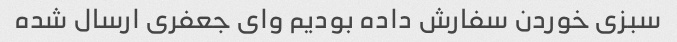
سبزی خوردن سفارش داده بودیم وای جعفری ارسال شده